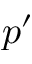
p ^ { \prime }